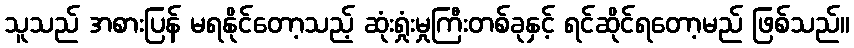
သူသည် အစားပြန် မရနိုင်တော့သည့် ဆုံးရှုံးမှုကြီးတစ်ခုနှင့် ရင်ဆိုင်ရတော့မည် ဖြစ်သည်။